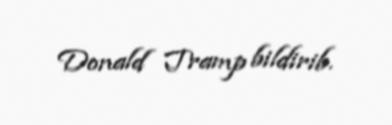
Donald Tramp bildirib.